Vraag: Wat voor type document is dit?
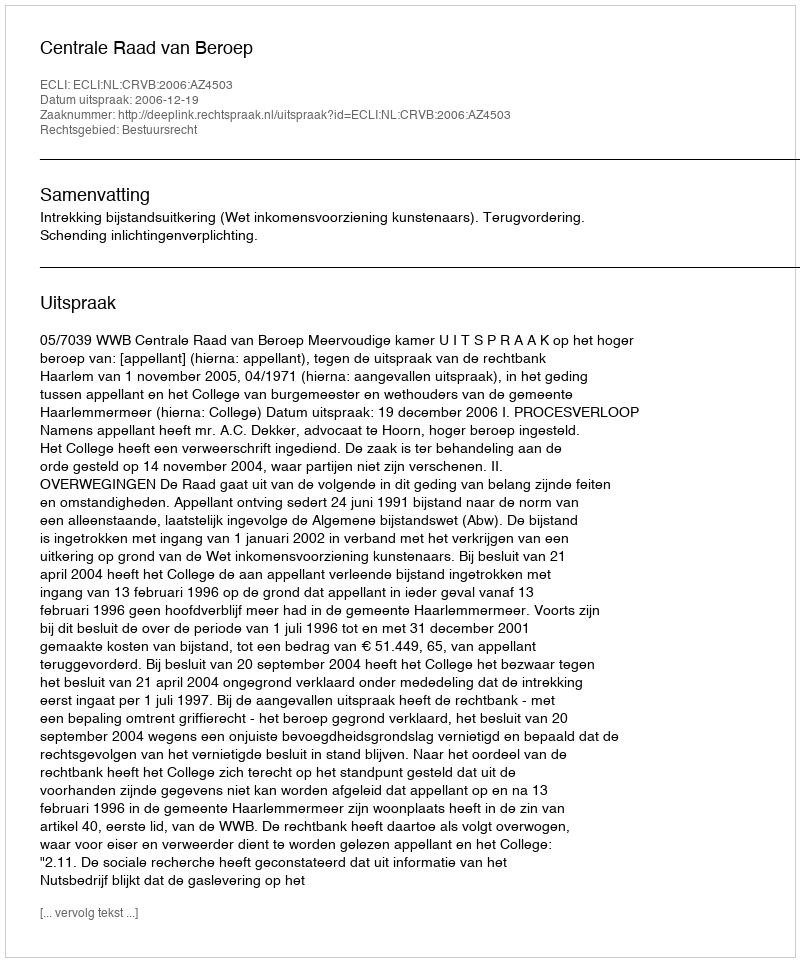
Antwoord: Uitspraak